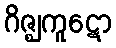
ဂိဇ္ဈကူဋော